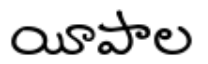
యీపాల